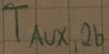
Text: TAUX,2b